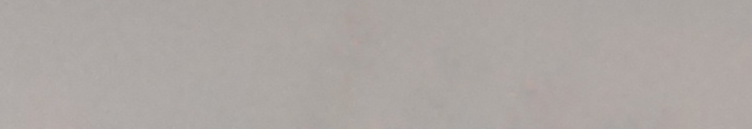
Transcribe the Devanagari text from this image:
यहा